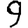
Digit: 9